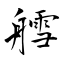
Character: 艝